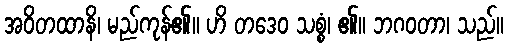
အဝိတထာနိ၊ မည်ကုန်၏။ ဟိ တဒေဝ သစ္စံ၊ ၏။ ဘဂဝတာ၊ သည်။